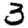
Digit: 3